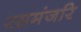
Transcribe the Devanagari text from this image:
रसमंजरि